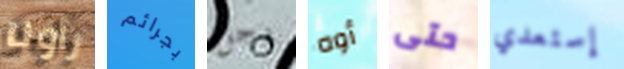
رأونا بجرائم رجل أوه حتى إستعدي